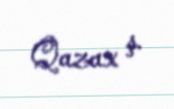
Qazax ş.